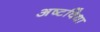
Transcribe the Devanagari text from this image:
अष्टविधा